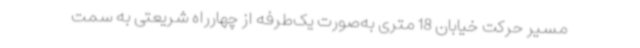
مسیر حرکت خیابان 18 متری به‌صورت یک‌طرفه از چهارراه شریعتی به سمت